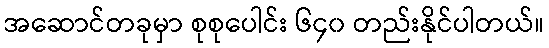
အဆောင်တခုမှာ စုစုပေါင်း ၆၄၀ တည်းနိုင်ပါတယ်။